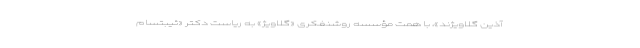
آذین ‌گلاویژند»، با همت مؤسسه روشنفکری «گلاویژ» به ریاست دکتر «ئیبتسام